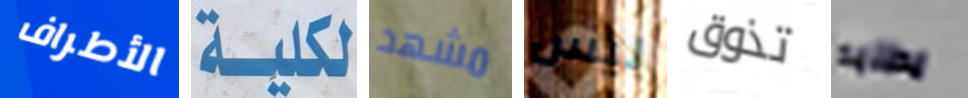
الأطراف لكلية مشهد ليس تذوق يطلبه